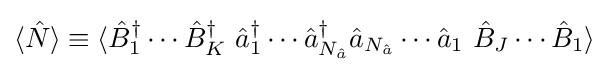
\langle {\hat {N}}\rangle \equiv \langle {\hat {B}}_{1}^{\dagger }\cdots {\hat {B}}_{K}^{\dagger }\ {\hat {a}}_{1}^{\dagger }\cdots {\hat {a}}_{N_{\hat {a}}}^{\dagger }{\hat {a}}_{N_{\hat {a}}}\cdots {\hat {a}}_{1}\ {\hat {B}}_{J}\cdots {\hat {B}}_{1}\rangle